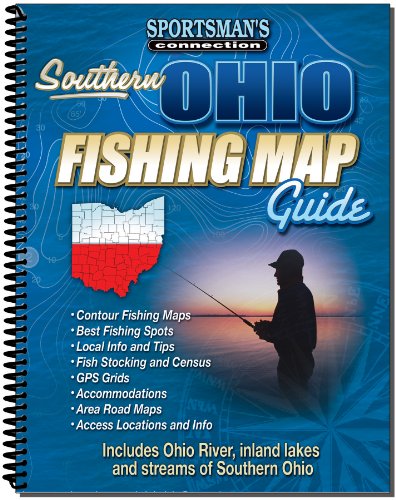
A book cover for Southern Ohio Fishing Map Guide (Fishing Maps from Sportsman's Connection); Jim Billig; Travel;